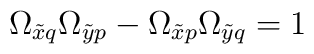
\Omega_{\tilde x q} \Omega_{\tilde y p} - \Omega_{\tilde x p} \Omega_{\tilde y q} = 1